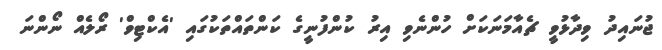
ޖުނައިދު ވިދާޅުވީ ޗެއާމަނަކަށް ހުންނެވި އިރު ކުންފުނީގެ ކަންތައްތަކުގައި 'އެކްޓިވް' ރޯލެއް ނޯންނަ